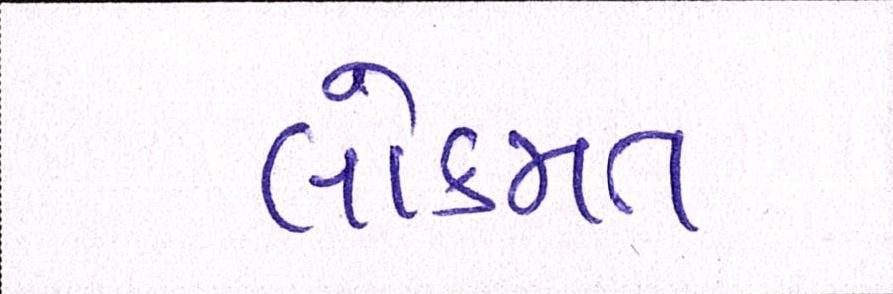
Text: લોકમત